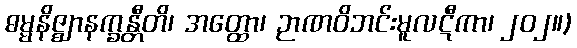
ဓမ္မနိဇ္ဈာနက္ခန္တီတိ၊ အတ္ထော၊ ဉာဏဝိဘင်းမူလဋီကာ၊ ၂၀၂။)